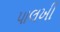
પાલખી